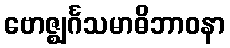
ဗောဇ္ဈင်္ဂသမာဓိဘာဝနာ